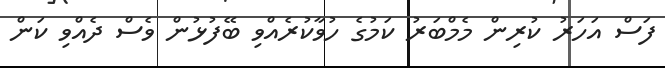
ފަސް އަހަރު ކުރިން މެމްބަރު ކަމުގެ ހުވާކުރެއްވި ބޭފުޅުން ވެސް ދެއްވި ކަން